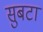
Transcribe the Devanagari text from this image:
सुबटा